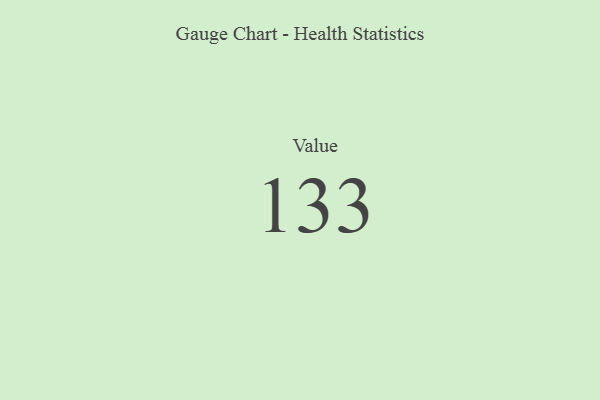
{"axis": {"x": "Metric", "y": "Value"}, "legend": [""], "data": [{"x": "Value", "y": 133, "type": ""}]}